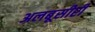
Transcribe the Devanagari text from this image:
अलबूसीरी